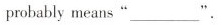
probably means"___ ".